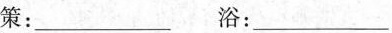
策：___浴：___